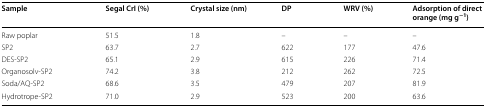
<table><thead><tr><td><b>Sample</b></td><td><b>Segal CrI (%)</b></td><td><b>Crystal size (nm)</b></td><td><b>DP</b></td><td><b>WRV (%)</b></td><td><b>Adsorption of direct orange (mg g<sup>−1</sup>)</b></td></tr></thead><tbody><tr><td>Raw poplar</td><td>51.5</td><td>1.8</td><td>–</td><td>–</td><td>–</td></tr><tr><td>SP2</td><td>63.7</td><td>2.7</td><td>622</td><td>177</td><td>47.6</td></tr><tr><td>DES-SP2</td><td>65.1</td><td>2.9</td><td>615</td><td>226</td><td>71.4</td></tr><tr><td>Organosolv-SP2</td><td>74.2</td><td>3.8</td><td>212</td><td>262</td><td>72.5</td></tr><tr><td>Soda/AQ-SP2</td><td>68.6</td><td>3.5</td><td>479</td><td>207</td><td>81.9</td></tr><tr><td>Hydrotrope-SP2</td><td>71.0</td><td>2.9</td><td>523</td><td>200</td><td>63.6</td></tr></tbody></table>